Civil Veterinary Department Bihar & Orissa reports 1929-36 - 1929-1936
Year: 1929
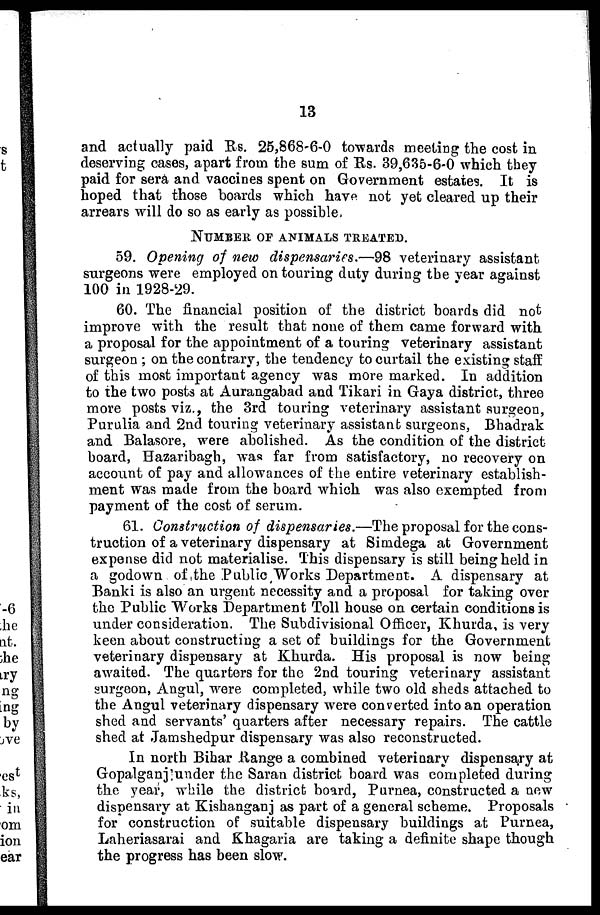
13
and actually paid Rs. 25,868-6-0 towards meeting the cost in
deserving cases, apart from the sum of Rs. 39,635-6-0 which they
paid for sera and vaccines spent on Government estates. It is
hoped that those boards which have not yet cleared up their
arrears will do so as early as possible.
NUMBER OF ANIMALS TREATED.
59. Opening of new dispensaries.—98 veterinary assistant
surgeons were employed on touring duty during the year against
100 in 1928-29.
60. The financial position of the district boards did not
improve with the result that none of them came forward with
a proposal for the appointment of a touring veterinary assistant
surgeon ; on the contrary, the tendency to curtail the existing staff
of this most important agency was more marked. In addition
to the two posts at Aurangabad and Tikari in Gaya district, three
more posts viz., the 3rd touring veterinary assistant surgeon,
Purulia and 2nd touring veterinary assistant surgeons, Bhadrak
and Balasore, were abolished. As the condition of the district
board, Bazaribagh, was far from satisfactory, no recovery on
account of pay and allowances of the entire veterinary establish-
ment was made from the board which was also exempted from
payment of the cost of serum.
61. Construction of dispensaries.—The proposal for the cons-
truction of a veterinary dispensary at Simdega at Government
expense did not materialise. This dispensary is still being held in
a godown of the Public, "Works Department. A dispensary at
Banki is also an urgent necessity and a proposal for taking over
the Public Works Department Toll house on certain conditions is
under consideration. The Subdivisional Officer, Khurda, is very
keen about constructing a set of buildings for the Government
veterinary dispensary at Khurda. His proposal is now being
awaited. The quarters for the 2nd touring veterinary assistant
surgeon, Angul, were completed, while two old sheds attached to
the Angul veterinary dispensary were converted into an operation
shed and servants' quarters after necessary repairs. The cattle
shed at Jamshedpur dispensary was also reconstructed.
In north Bihar Range a combined veterinary dispensary at
Gopalganj under the Saran district board was completed during
the year, while the district board, Purnea, constructed a new
dispensary at Kishanganj as part of a general scheme. Proposals
for construction of suitable dispensary buildings at Purnea,
Laheriasarai and Khagaria are taking a definite shape though
the progress has been slow.